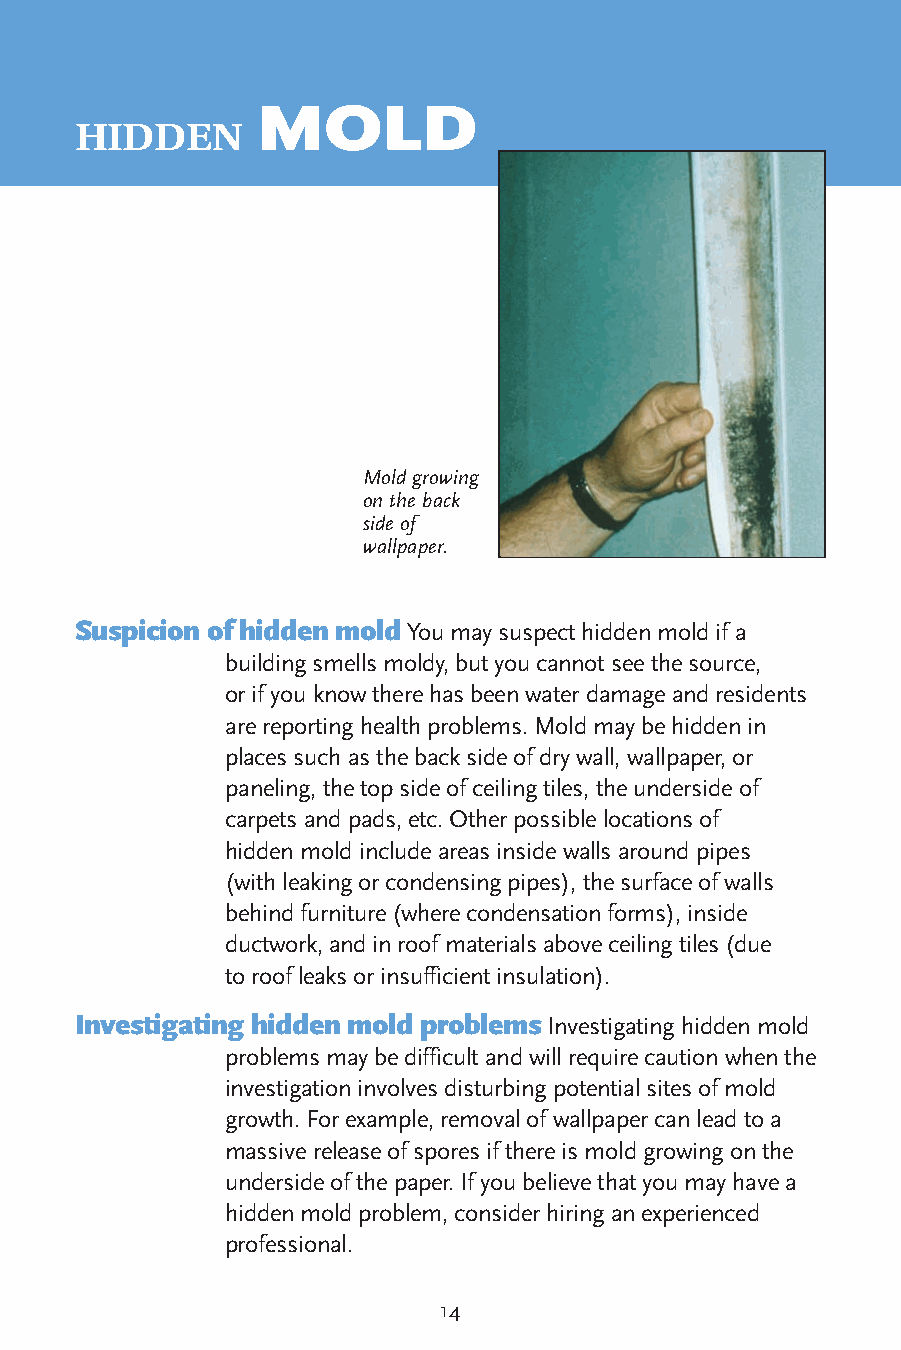
MOLD
 HIDDEN
 Mold growing
 on the back
 side of
 wallpaper.
 Suspicion of hidden mold You may suspect hidden mold if a
 building smells moldy, but you cannot see the source,
 or if you know there has been water damage and residents
 are reporting health problems. Mold may be hidden in
 places such as the back side of dry wall, wallpaper, or
 paneling, the top side of ceiling tiles, the underside of
 carpets and pads, etc. Other possible locations of
 hidden mold include areas inside walls around pipes
 (with leaking or condensing pipes), the surface of walls
 behind furniture (where condensation forms), inside
 ductwork, and in roof materials above ceiling tiles (due
 to roof leaks or insufficient insulation).
 Investigating hidden mold problems Investigating hidden mold
 problems may be difficult and will require caution when the
 investigation involves disturbing potential sites of mold
 growth. For example, removal of wallpaper can lead to a
 massive release of spores if there is mold growing on the
 underside of the paper. If you believe that you may have a
 hidden mold problem, consider hiring an experienced
 professional.
 14